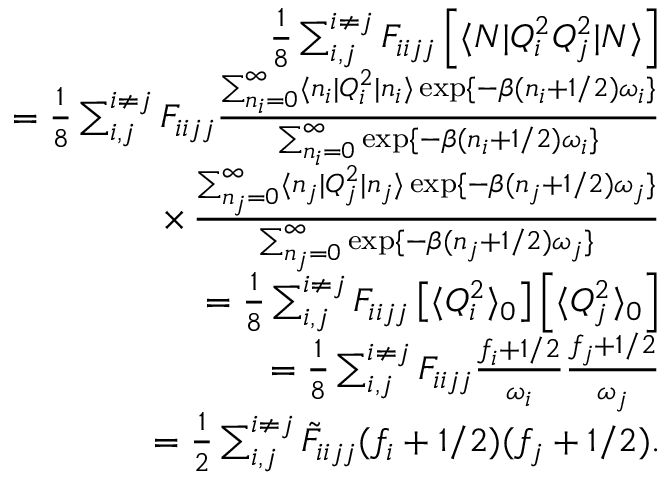
\begin{array} { r l r } & { } & { \frac { 1 } { 8 } \sum _ { i , j } ^ { i \neq j } F _ { i i j j } \left[ \langle N | Q _ { i } ^ { 2 } Q _ { j } ^ { 2 } | N \rangle \right] } \\ & { } & { = \frac { 1 } { 8 } \sum _ { i , j } ^ { i \neq j } F _ { i i j j } \frac { \sum _ { n _ { i } = 0 } ^ { \infty } \langle n _ { i } | Q _ { i } ^ { 2 } | n _ { i } \rangle \exp \{ - \beta ( n _ { i } + 1 / 2 ) \omega _ { i } \} } { \sum _ { n _ { i } = 0 } ^ { \infty } \exp \{ - \beta ( n _ { i } + 1 / 2 ) \omega _ { i } \} } } \\ & { } & { \, \, \, \, \, \times \, \frac { \sum _ { n _ { j } = 0 } ^ { \infty } \langle n _ { j } | Q _ { j } ^ { 2 } | n _ { j } \rangle \exp \{ - \beta ( n _ { j } + 1 / 2 ) \omega _ { j } \} } { \sum _ { n _ { j } = 0 } ^ { \infty } \exp \{ - \beta ( n _ { j } + 1 / 2 ) \omega _ { j } \} } } \\ & { } & { = \frac { 1 } { 8 } \sum _ { i , j } ^ { i \neq j } F _ { i i j j } \left[ \langle Q _ { i } ^ { 2 } \rangle _ { 0 } \right] \left[ \langle Q _ { j } ^ { 2 } \rangle _ { 0 } \right] } \\ & { } & { = \frac { 1 } { 8 } \sum _ { i , j } ^ { i \neq j } F _ { i i j j } \frac { f _ { i } + 1 / 2 } { \omega _ { i } } \frac { f _ { j } + 1 / 2 } { \omega _ { j } } } \\ & { } & { = \frac { 1 } { 2 } \sum _ { i , j } ^ { i \neq j } \tilde { F } _ { i i j j } ( f _ { i } + 1 / 2 ) ( f _ { j } + 1 / 2 ) . } \end{array}